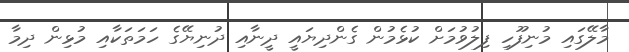
މާލޭގައި މުނިފޫހި ފިލުވުމަށް ކުޅެމުން ގެންދިޔައީ ދީނާއި ދުނިޔޭގެ ހަމަތަކާއި މުޅިން ދިމާ